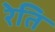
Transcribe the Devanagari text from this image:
रेति